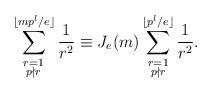
LaTeX: \begin{align*}\sum_{\substack{r=1\\ p\nmid r}}^{\lfloor mp^{l}/e\rfloor}\frac{1}{r^{2}}\equiv J_{e}(m)\sum_{\substack{r=1\\ p\nmid r}}^{\lfloor p^{l}/e\rfloor}\frac{1}{r^{2}}.\end{align*}